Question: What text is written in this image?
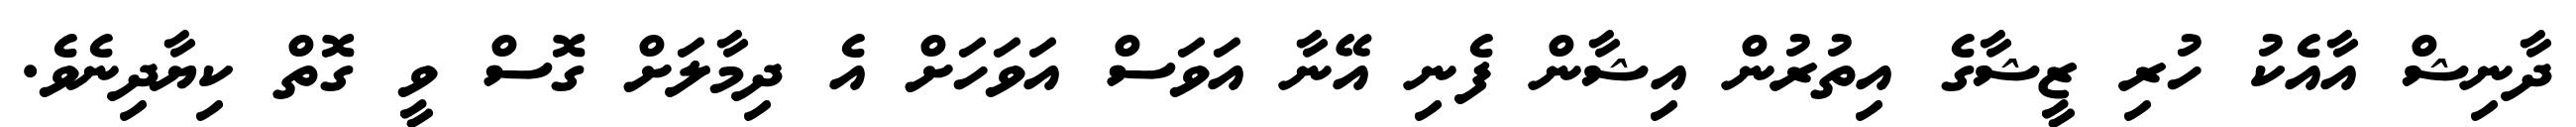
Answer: ދާނިޝް އާއެކު ހުރި ޒީޝާގެ އިތުރުން އިޝާން ފެނި އޭނާ އަވަސް އަވަހަށް އެ ދިމާލަށް ގޮސް ވީ ގޮތް ކިޔާދިނެވެ.